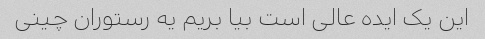
این یک ایده عالی است بیا بریم یه رستوران چینی